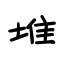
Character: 堆